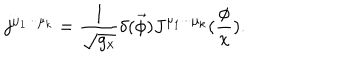
j ^ { \mu _ { 1 } \cdot \cdot \cdot \mu _ { k } } = \frac 1 { \sqrt { g _ { x } } } \delta ( \vec { \phi } ) J ^ { \mu _ { 1 } \cdot \cdot \cdot \mu _ { k } } ( \frac \phi x ) .